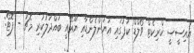
އައިސީސީ ކްރިކެޓް ވޯލްޑް ކަޕުގައި އަޔަންލެންޑާއި ޔޫއޭއީ ބައްދަލުކުރި މެޗު - ފޮޓޯ: